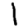
Digit: 1